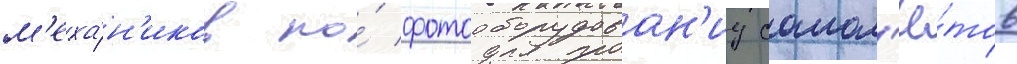
м'еха́н'иков по́ фотооборудован'иу самол'ё́тов